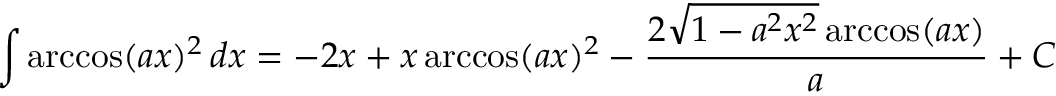
\int \operatorname { a r c c o s } ( a x ) ^ { 2 } \, d x = - 2 x + x \operatorname { a r c c o s } ( a x ) ^ { 2 } - { \frac { 2 { \sqrt { 1 - a ^ { 2 } x ^ { 2 } } } \operatorname { a r c c o s } ( a x ) } { a } } + C